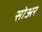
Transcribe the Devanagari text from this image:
सोअर